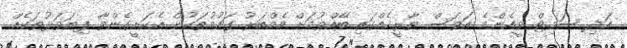
އަދި ސަމިޓް ވީއެންމެ އަވަސް ތާރީހެއްގައި ބޭއްވުމަށް މެމްބަރު ގައުމުތަކުން އެކަށީގެންވާ ފިޔަވަޅުތަކެއް